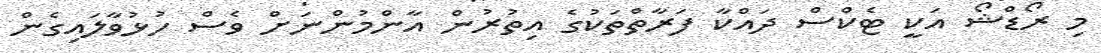
މި ރޯޑްޝޯ އަކީ ޓެކްސް ދައްކާ ފަރާތްތަކުގެ އިތުރުން އާންމުންނަށް ވެސް ހުޅުވާލައިގެން